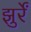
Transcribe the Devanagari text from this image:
झुर्रें